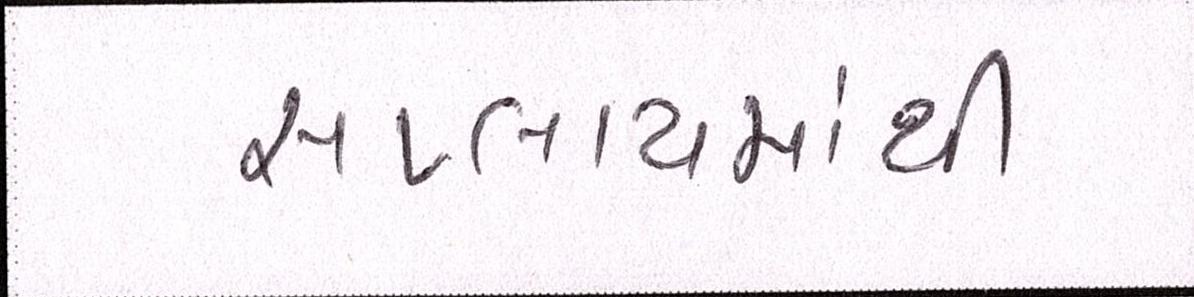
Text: સપ્લાયમાંથી